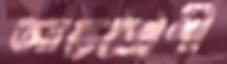
আন্তশ্রেণী